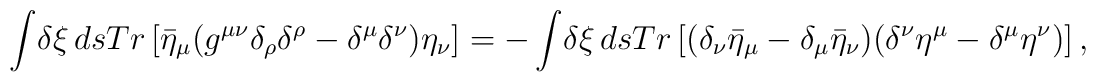
\int\!\delta\xi\,ds Tr\left [{\bar\eta}_\mu(g^{\mu\nu}\delta_\rho\delta^\rho-\delta^\mu\delta^\nu) \eta_\nu\right ]=-\int\!\delta\xi\,ds Tr\left[(\delta_\nu {\bar\eta}_\mu-\delta_\mu {\bar\eta}_\nu)(\delta^\nu \eta^\mu-\delta^\mu \eta^\nu)\right ],